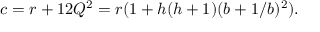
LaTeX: c = r + 1 2 Q ^ { 2 } = r ( 1 + h ( h + 1 ) ( b + 1 / b ) ^ { 2 } ) .